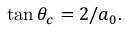
\tan { \theta _ { c } } = 2 / a _ { 0 } .